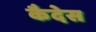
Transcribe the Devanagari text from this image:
कैदेस